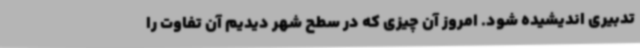
تدبیری اندیشیده شود. امروز آن چیزی که در سطح شهر دیدیم آن تفاوت را